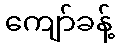
ကျော်ခန့်